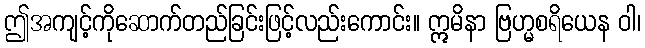
ဤအကျင့်ကိုဆောက်တည်ခြင်းဖြင့်လည်းကောင်း။ ဣမိနာ ဗြဟ္မစရိယေန ဝါ၊